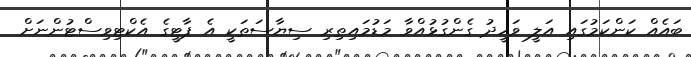
ބައެއް ކަންކަމުގައި އަލީ ވަހީދު ގެންގުޅުއްވާ މަޑުމައިތިރި ސިޔާސަތަކީ އެ ޕާޓީގެ އެކްޓިވިސްޓުންނަށް